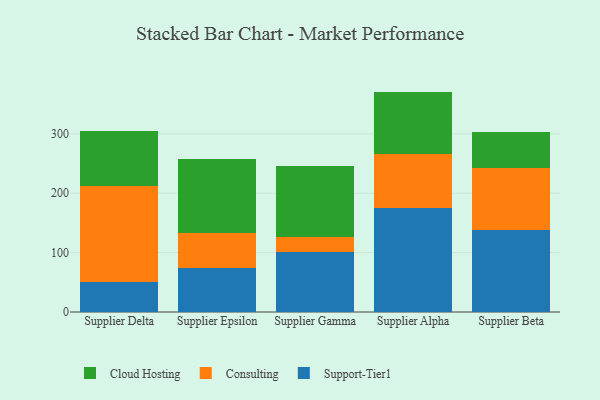
{"axis": {"x": "Supplier", "y": "Churn Rate (%)"}, "legend": ["Cloud Hosting", "Consulting", "Support-Tier1"], "data": [{"x": "Supplier Delta", "y": 51.2, "type": "Support-Tier1"}, {"x": "Supplier Delta", "y": 161.0, "type": "Consulting"}, {"x": "Supplier Delta", "y": 92.7, "type": "Cloud Hosting"}, {"x": "Supplier Epsilon", "y": 74.2, "type": "Support-Tier1"}, {"x": "Supplier Epsilon", "y": 58.5, "type": "Consulting"}, {"x": "Supplier Epsilon", "y": 124.4, "type": "Cloud Hosting"}, {"x": "Supplier Gamma", "y": 101.4, "type": "Support-Tier1"}, {"x": "Supplier Gamma", "y": 24.9, "type": "Consulting"}, {"x": "Supplier Gamma", "y": 119.8, "type": "Cloud Hosting"}, {"x": "Supplier Alpha", "y": 175.2, "type": "Support-Tier1"}, {"x": "Supplier Alpha", "y": 91.0, "type": "Consulting"}, {"x": "Supplier Alpha", "y": 104.9, "type": "Cloud Hosting"}, {"x": "Supplier Beta", "y": 138.0, "type": "Support-Tier1"}, {"x": "Supplier Beta", "y": 103.8, "type": "Consulting"}, {"x": "Supplier Beta", "y": 61.8, "type": "Cloud Hosting"}]}